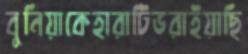
বুনিয়াকেহারাটিভরাইয়াছি